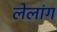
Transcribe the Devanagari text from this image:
लेलांग